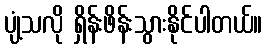
ပျံ့သလို ရှိန်းဖိန်းသွားနိုင်ပါတယ်။